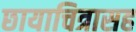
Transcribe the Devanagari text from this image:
छायाचित्रासह